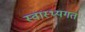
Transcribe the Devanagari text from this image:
स्वास्थ्यगत